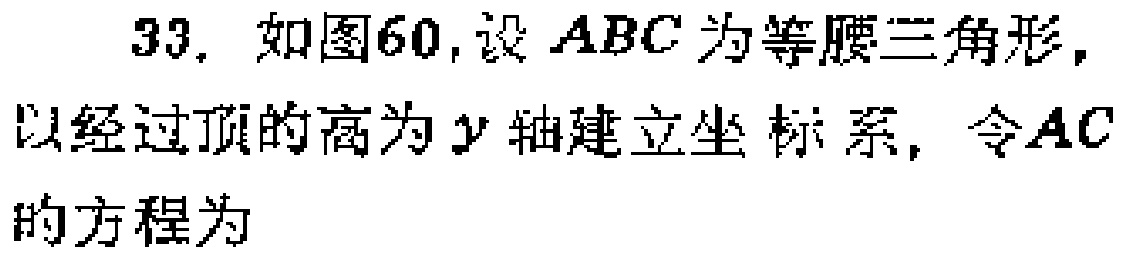
33. 如图60,设 \(ABC\) 为等腰三角形，以经过顶的高为 \(y\) 轴建立坐标系，令 \(AC\) 的方程为